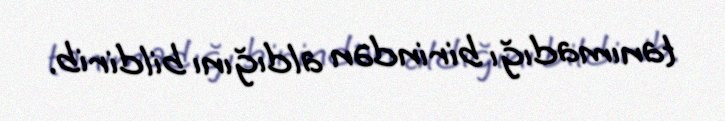
tanımadığı birindən aldığını bildirib.